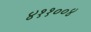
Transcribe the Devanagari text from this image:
४११००४